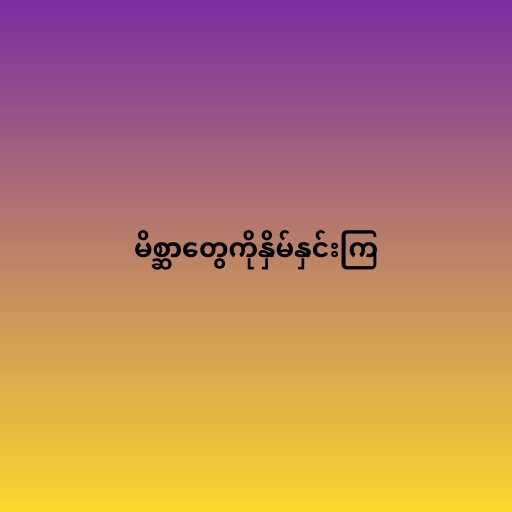
မိစ္ဆာတွေကိုနှိမ်နှင်းကြ